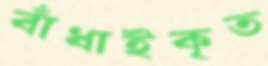
বাঁধাইকৃত